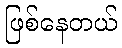
ဖြစ်နေတယ်